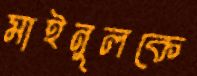
মাইনুলকে